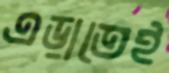
এড়াতেই